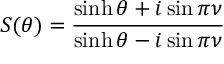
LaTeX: S ( \theta ) = \frac { \sinh \theta + i \sin \pi \nu } { \sinh \theta - i \sin \pi \nu }